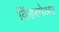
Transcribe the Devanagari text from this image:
विंडरमेअर